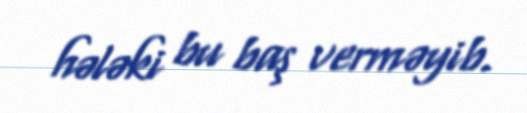
hələki bu baş verməyib.